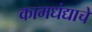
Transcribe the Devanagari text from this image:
कामधंद्याचे